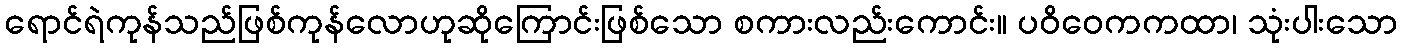
ရောင်ရဲကုန်သည်ဖြစ်ကုန်လောဟုဆိုကြောင်းဖြစ်သော စကားလည်းကောင်း။ ပဝိဝေကကထာ၊ သုံးပါးသော